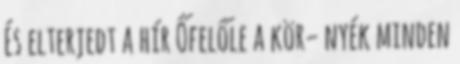
És elterjedt a hír Őfelőle a kör− nyék minden